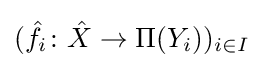
({\hat {f}}_{i}\colon {\hat {X}}\to \Pi (Y_{i}))_{i\in I}